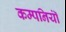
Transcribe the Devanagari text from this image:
कम्पनियॉं